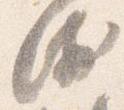
衛